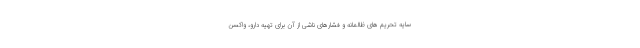
سایه تحریم های ظالمانه و فشارهای ناشی از آن برای تهیه دارو، واکسن